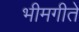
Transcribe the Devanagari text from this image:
भीमगीते